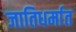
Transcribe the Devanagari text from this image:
जातिधर्मात